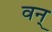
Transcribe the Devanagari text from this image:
वन्